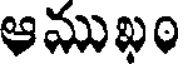
ఆముఖం